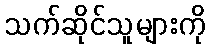
သက်ဆိုင်သူများကို